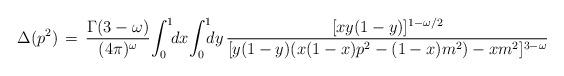
LaTeX: \begin{align*}\Delta(p^2) \,=\, \frac{\Gamma(3-\omega)}{(4\pi)^\omega} \!\int_0^1 \! \! dx \! \int_0^1 \! \! \! dy \,\frac{[xy(1-y)]^{1-\omega/2}}{[ y(1-y)( x(1-x)p^2 - (1-x)m^2) -xm^2]^{3-\omega}} \end{align*}